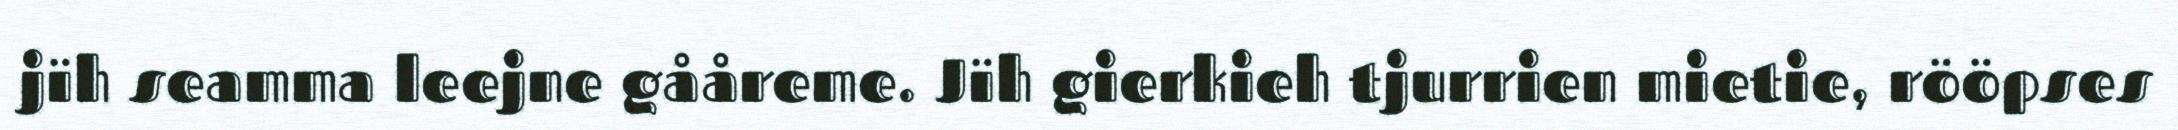
jïh seamma leejne gååreme. Jïh gierkieh tjurrien mietie, rööpses